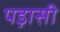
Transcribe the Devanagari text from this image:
पड़ासी